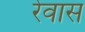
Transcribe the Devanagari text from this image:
रेवास